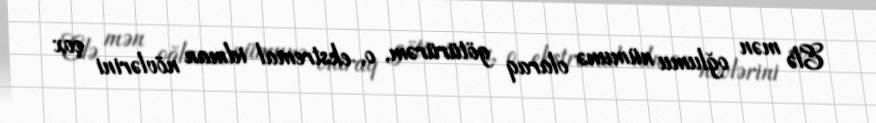
Elə mən oğlumu nümunə olaraq götürürəm, o, ekstremal idman növlərini çox